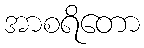
အာစရိတော